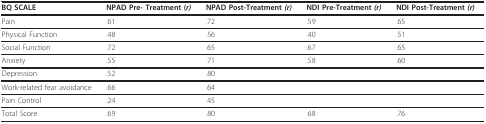
| BQ SCALE | NPAD Pre- Treatment (r) | NPAD Post-Treatment (r) | NDI Pre-Treatment (r) | NDI Post-Treatment (r) |
 | --- | --- | --- | --- | --- |
 | Pain | .61 | .72 | .59 | .65 |
 | Physical Function | .48 | .56 | .40 | .51 |
 | Social Function | .72 | .65 | .67 | .65 |
 | Anxiety | .55 | .71 | .58 | .60 |
 | Depression | .52 | .80 |  |  |
 | Work-related fear avoidance | .66 | .64 |  |  |
 | Pain Control | .24 | .45 |  |  |
 | Total Score | .69 | .80 | .68 | .76 |